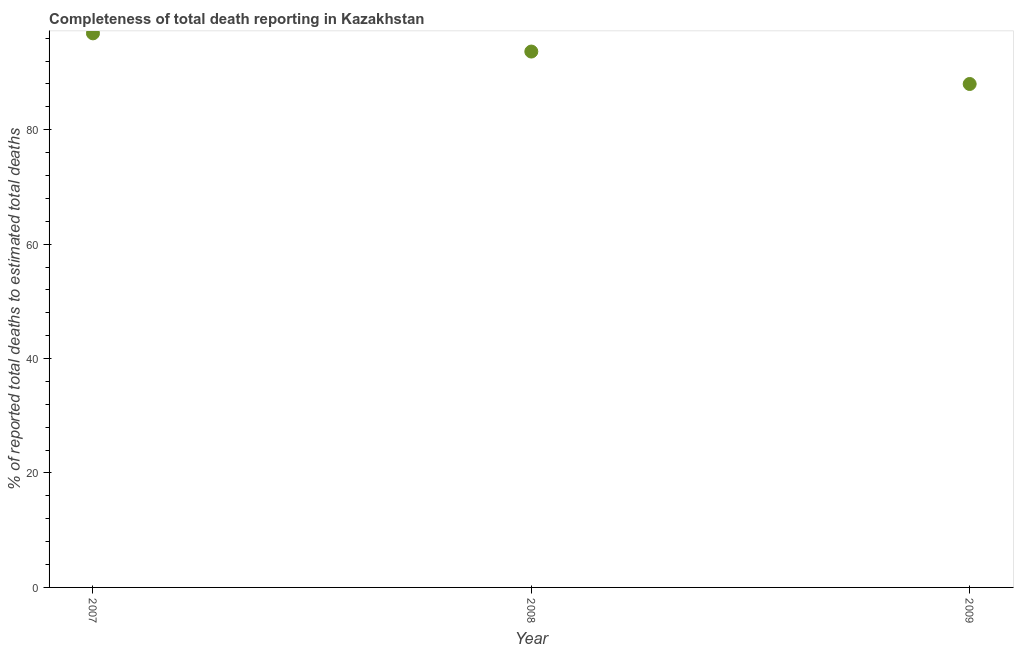
| Year | Completeness of total death reporting  |
 | --- | --- |
 | 2007 | 96.8 |
 | 2008 | 93.7 |
 | 2009 | 88 |